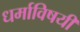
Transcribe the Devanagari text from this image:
धर्माविषयी